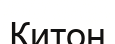
Китон